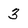
Character: 3